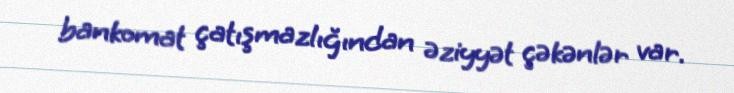
bankomat çatışmazlığından əziyyət çəkənlər var.